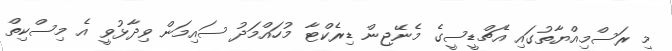
މި ރަސްމިއްޔާތުގައި އެޗްޑީސީގެ މެނޭޖިން ޑިރެކްޓާ މުހައްމަދު ސައިމަން ވިދާޅުވީ އެ މިސްކިތް